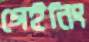
গেইনিং